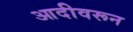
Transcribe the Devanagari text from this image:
आदीवरून